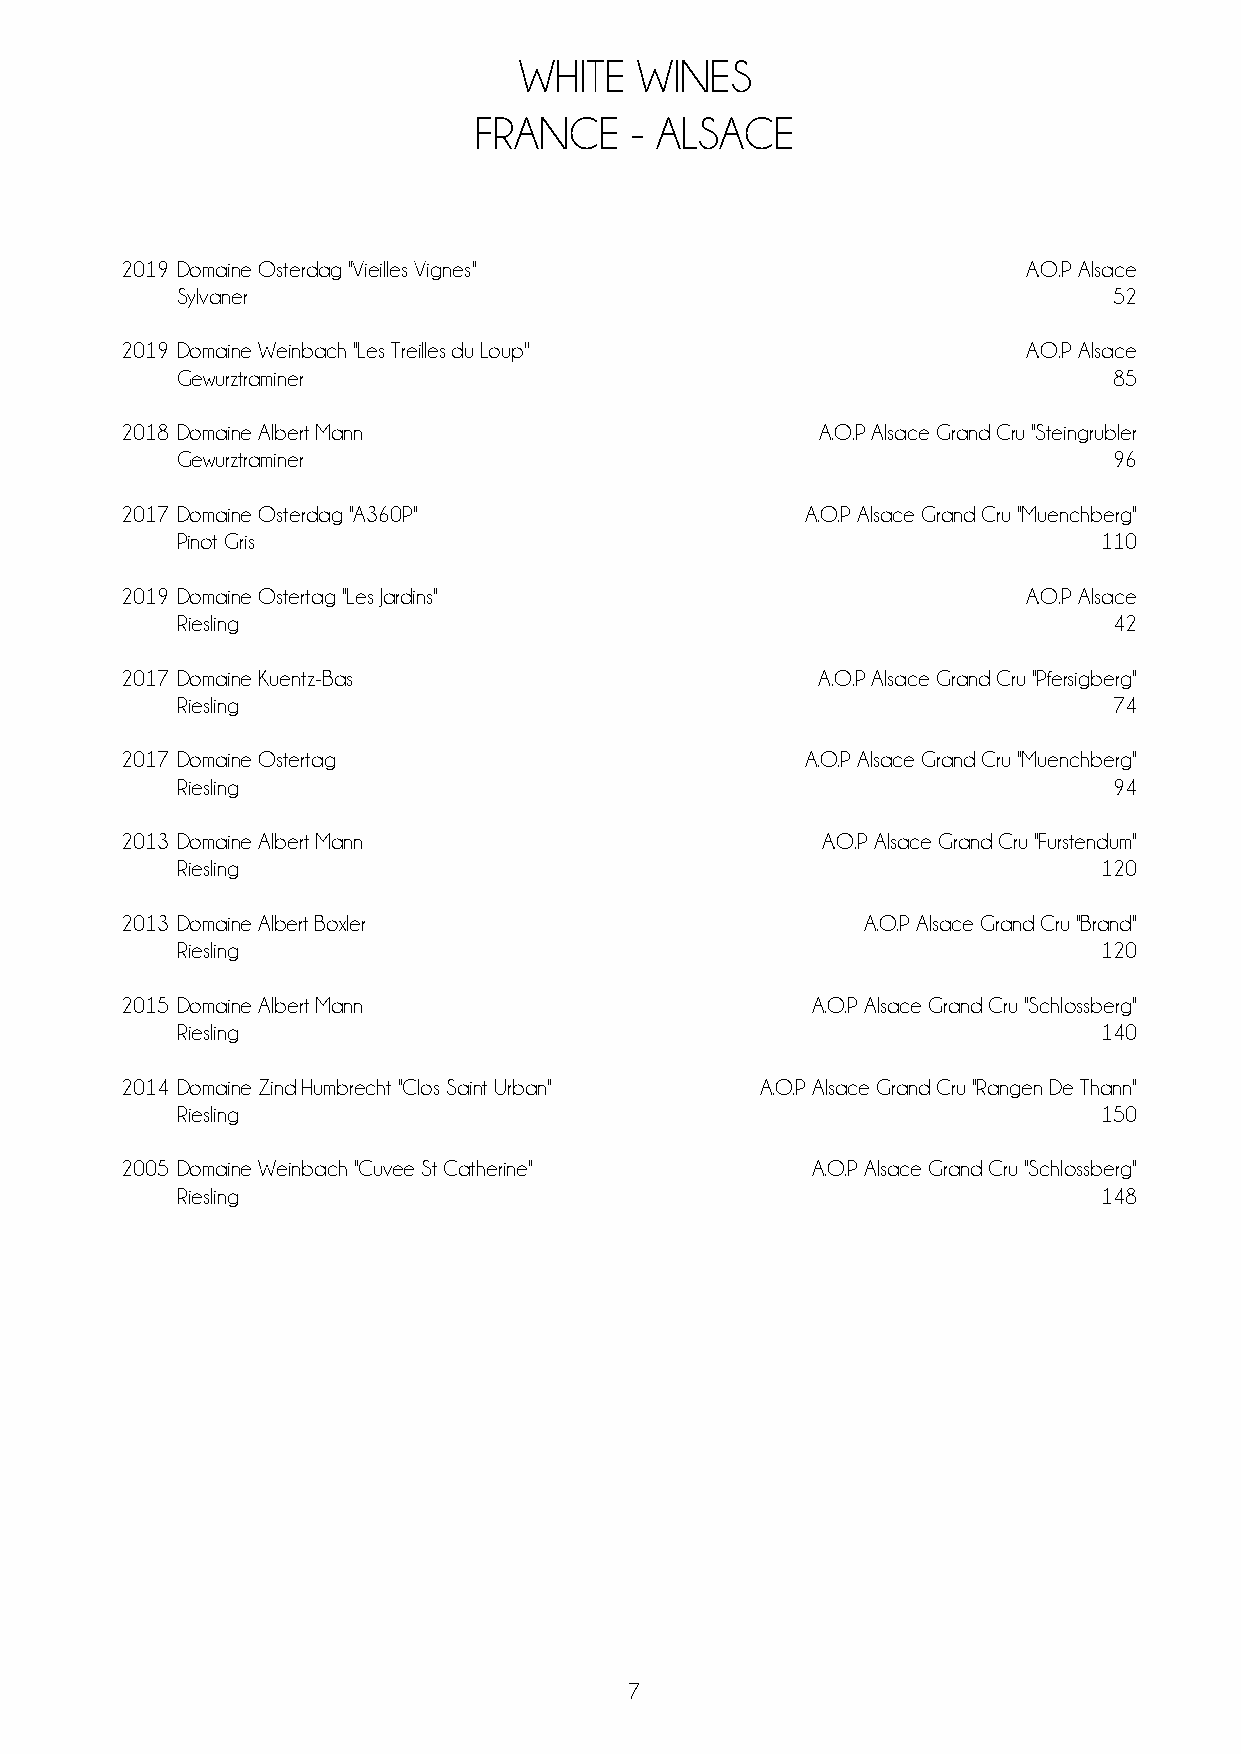
WHITE   WINES
 FRANCE     - ALSACE
 2019 Domaine Osterdag ''Vieilles Vignes''                   A.O.P Alsace
 Sylvaner                                                      52
 2019 Domaine Weinbach ''Les Treilles du Loup''              A.O.P Alsace
 Gewurztraminer                                                85
 2018 Domaine Albert Mann                      A.O.P Alsace Grand Cru ''Steingrubler
 Gewurztraminer                                                96
 2017 Domaine Osterdag ''A360P''              A.O.P Alsace Grand Cru ''Muenchberg''
 Pinot Gris                                                   110
 2019 Domaine Ostertag ''Les Jardins''                       A.O.P Alsace
 Riesling                                                      42
 2017 Domaine Kuentz-Bas                       A.O.P Alsace Grand Cru ''Pfersigberg''
 Riesling                                                      74
 2017 Domaine Ostertag                        A.O.P Alsace Grand Cru ''Muenchberg''
 Riesling                                                      94
 2013 Domaine Albert Mann                      A.O.P Alsace Grand Cru ''Furstendum''
 Riesling                                                     120
 2013 Domaine Albert Boxler                       A.O.P Alsace Grand Cru ''Brand''
 Riesling                                                     120
 2015 Domaine Albert Mann                      A.O.P Alsace Grand Cru ''Schlossberg''
 Riesling                                                     140
 2014 Domaine Zind Humbrecht ''Clos Saint Urban'' A.O.P Alsace Grand Cru ''Rangen De Thann''
 Riesling                                                     150
 2005 Domaine Weinbach ''Cuvee St Catherine''  A.O.P Alsace Grand Cru ''Schlossberg''
 Riesling                                                     148
 7